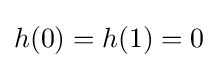
h(0)=h(1)=0